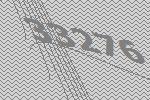
33276